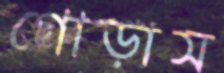
গোড়াস